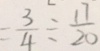
= \frac { 3 } { 4 } \div \frac { 1 7 } { 2 0 }